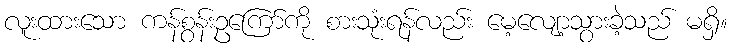
လူးထားသော ကန်စွန်းဥကြော်ကို စားသုံးရန်လည်း မေ့လျော့သွားခဲ့သည် မရှိ။